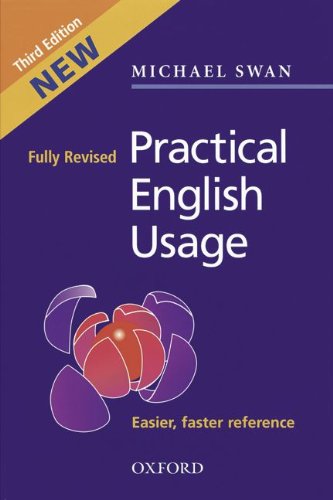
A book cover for Practical English Usage; Michael Swan; Politics & Social Sciences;